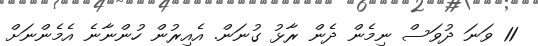
11 ވަނަ ދުވަސް ނިމެން ދެން ރާޅު ގުނަން. އެއިރުން ހުންނާނެ އެމެންނަށް